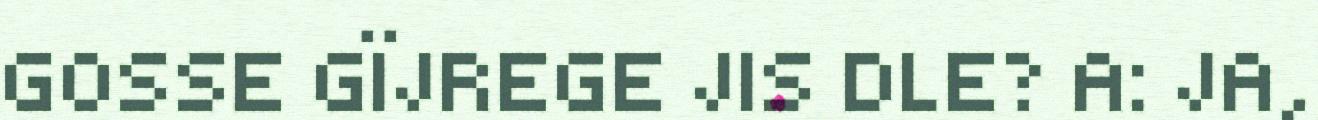
GOSSE GÏJREGE JIS DLE? A: JA,